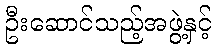
ဦးဆောင်သည့်အဖွဲ့နှင့်